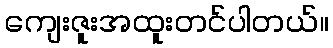
ကျေးဇူးအထူးတင်ပါတယ်။